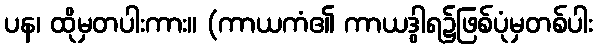
ပန၊ ထိုမှတပါးကား။ (ကာယကံ၏ ကာယဒွါရ၌ဖြစ်ပုံမှတစ်ပါး